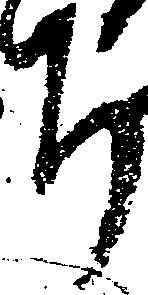
ち